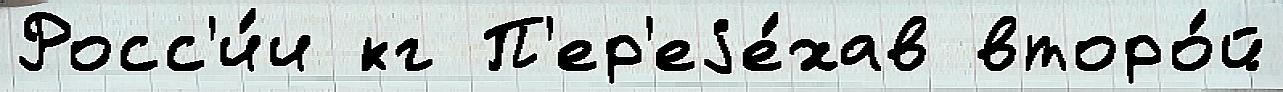
Росс'и́и кг П'ер'еjе́хав второ́й